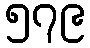
၅၇၉